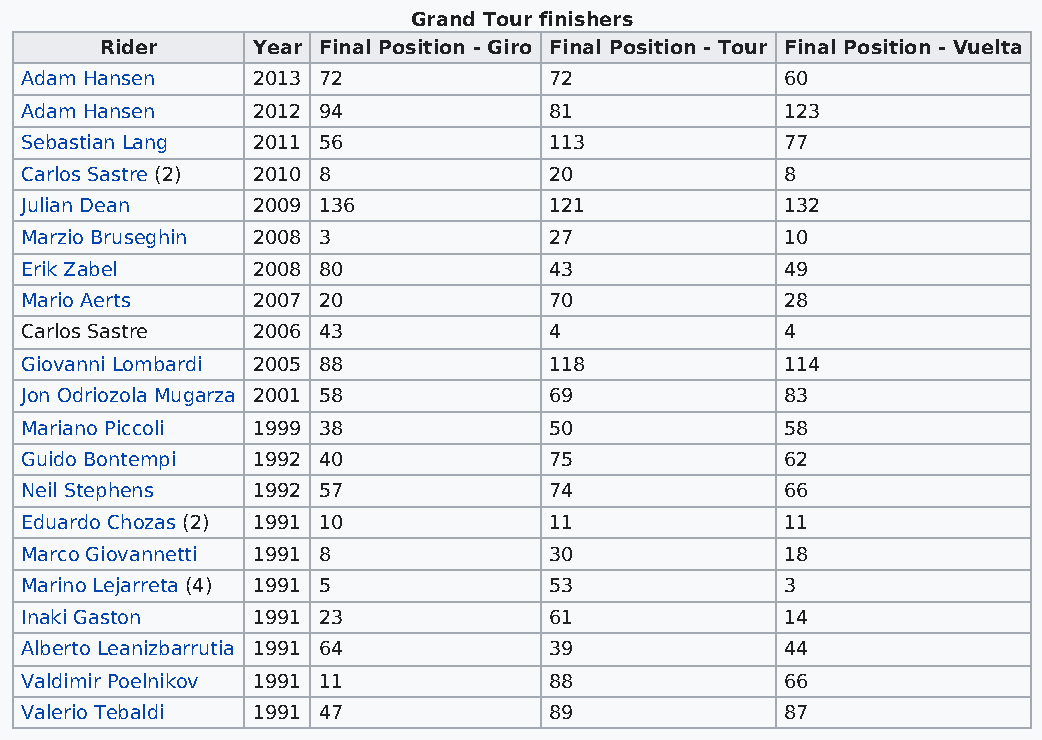
Grand Tour finishers
 Rider     Year Final Position - Giro Final Position - Tour Final Position - Vuelta
 Adam Hansen     2013 72            72              60
 Adam Hansen     2012 94            81              123
 Sebastian Lang  2011 56            113             77
 Carlos Sastre (2) 2010 8           20              8
 Julian Dean     2009 136           121             132
 Marzio Bruseghin 2008 3            27              10
 Erik Zabel      2008 80            43              49
 Mario Aerts     2007 20            70              28
 Carlos Sastre   2006 43            4               4
 Giovanni Lombardi 2005 88          118             114
 Jon Odriozola Mugarza 2001 58      69              83
 Mariano Piccoli 1999 38            50              58
 Guido Bontempi  1992 40            75              62
 Neil Stephens   1992 57            74              66
 Eduardo Chozas (2) 1991 10         11              11
 Marco Giovannetti 1991 8           30              18
 Marino Lejarreta (4) 1991 5        53              3
 Inaki Gaston    1991 23            61              14
 Alberto Leanizbarrutia 1991 64     39              44
 Valdimir Poelnikov 1991 11         88              66
 Valerio Tebaldi 1991 47            89              87